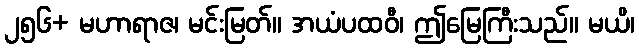
၂၅၆+ မဟာရာဇ၊ မင်းမြတ်။ အယံပထဝီ၊ ဤမြေကြီးသည်။ မယိ၊